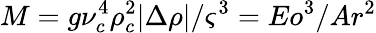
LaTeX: M=g\nu_{c}^{4}\rho_{c}^{2}|\Delta\rho|/\varsigma^{3}=Eo^{3}/Ar^{2}